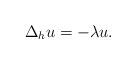
LaTeX: \begin{align*}\Delta _h u= -\lambda u.\end{align*}